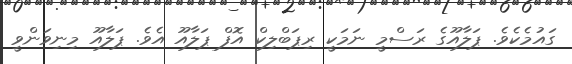
ގައުމެކެވެ. ޕަލާއޫގެ ރަސްމީ ނަމަކީ ރިޕަބްލިކް އޮފް ޕަލާއޫ އެވެ. ޕަލާއޫ މިނިވަންވީ